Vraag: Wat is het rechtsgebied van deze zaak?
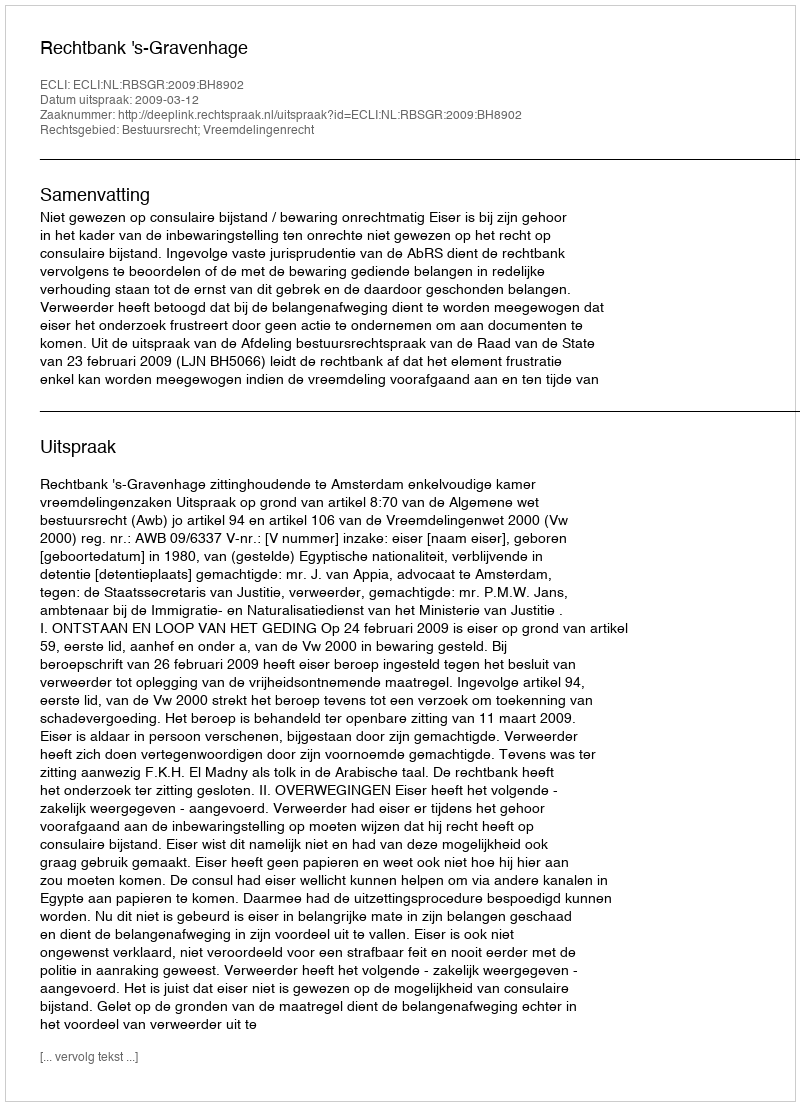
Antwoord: Bestuursrecht; Vreemdelingenrecht